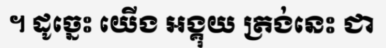
។ ដូច្នេះ យើង អង្គុយ ត្រង់នេះ ជា